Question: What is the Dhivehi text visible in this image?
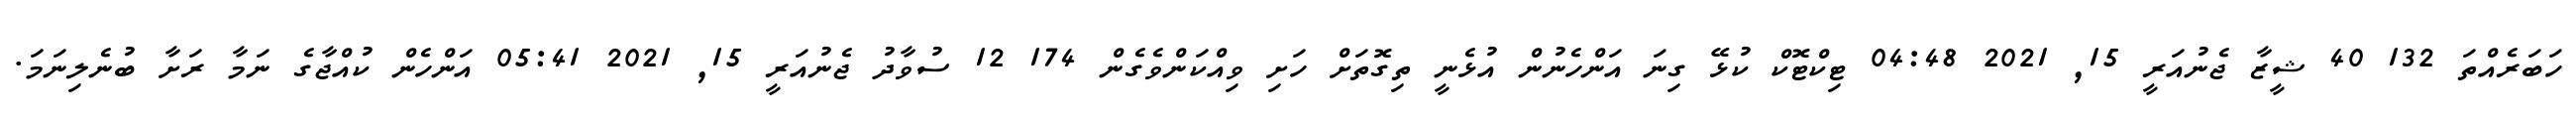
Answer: ހަބަރެއްތަ 132 40 ޝީޒާ ޖެނުއަރީ 15, 2021 04:48 ޓިކްޓޮކް ކުޅޭ ގިނަ އަންހެނުން އުޅެނީ ތިގޮތަށް ހަށި ވިއްކަންވެގެން 174 12 ސުވާދު ޖެނުއަރީ 15, 2021 05:41 އަންހެން ކުއްޖާގެ ނަމާ ރަށާ ބުނެލިނަމަ.